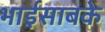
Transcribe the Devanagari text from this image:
भाईसाबके